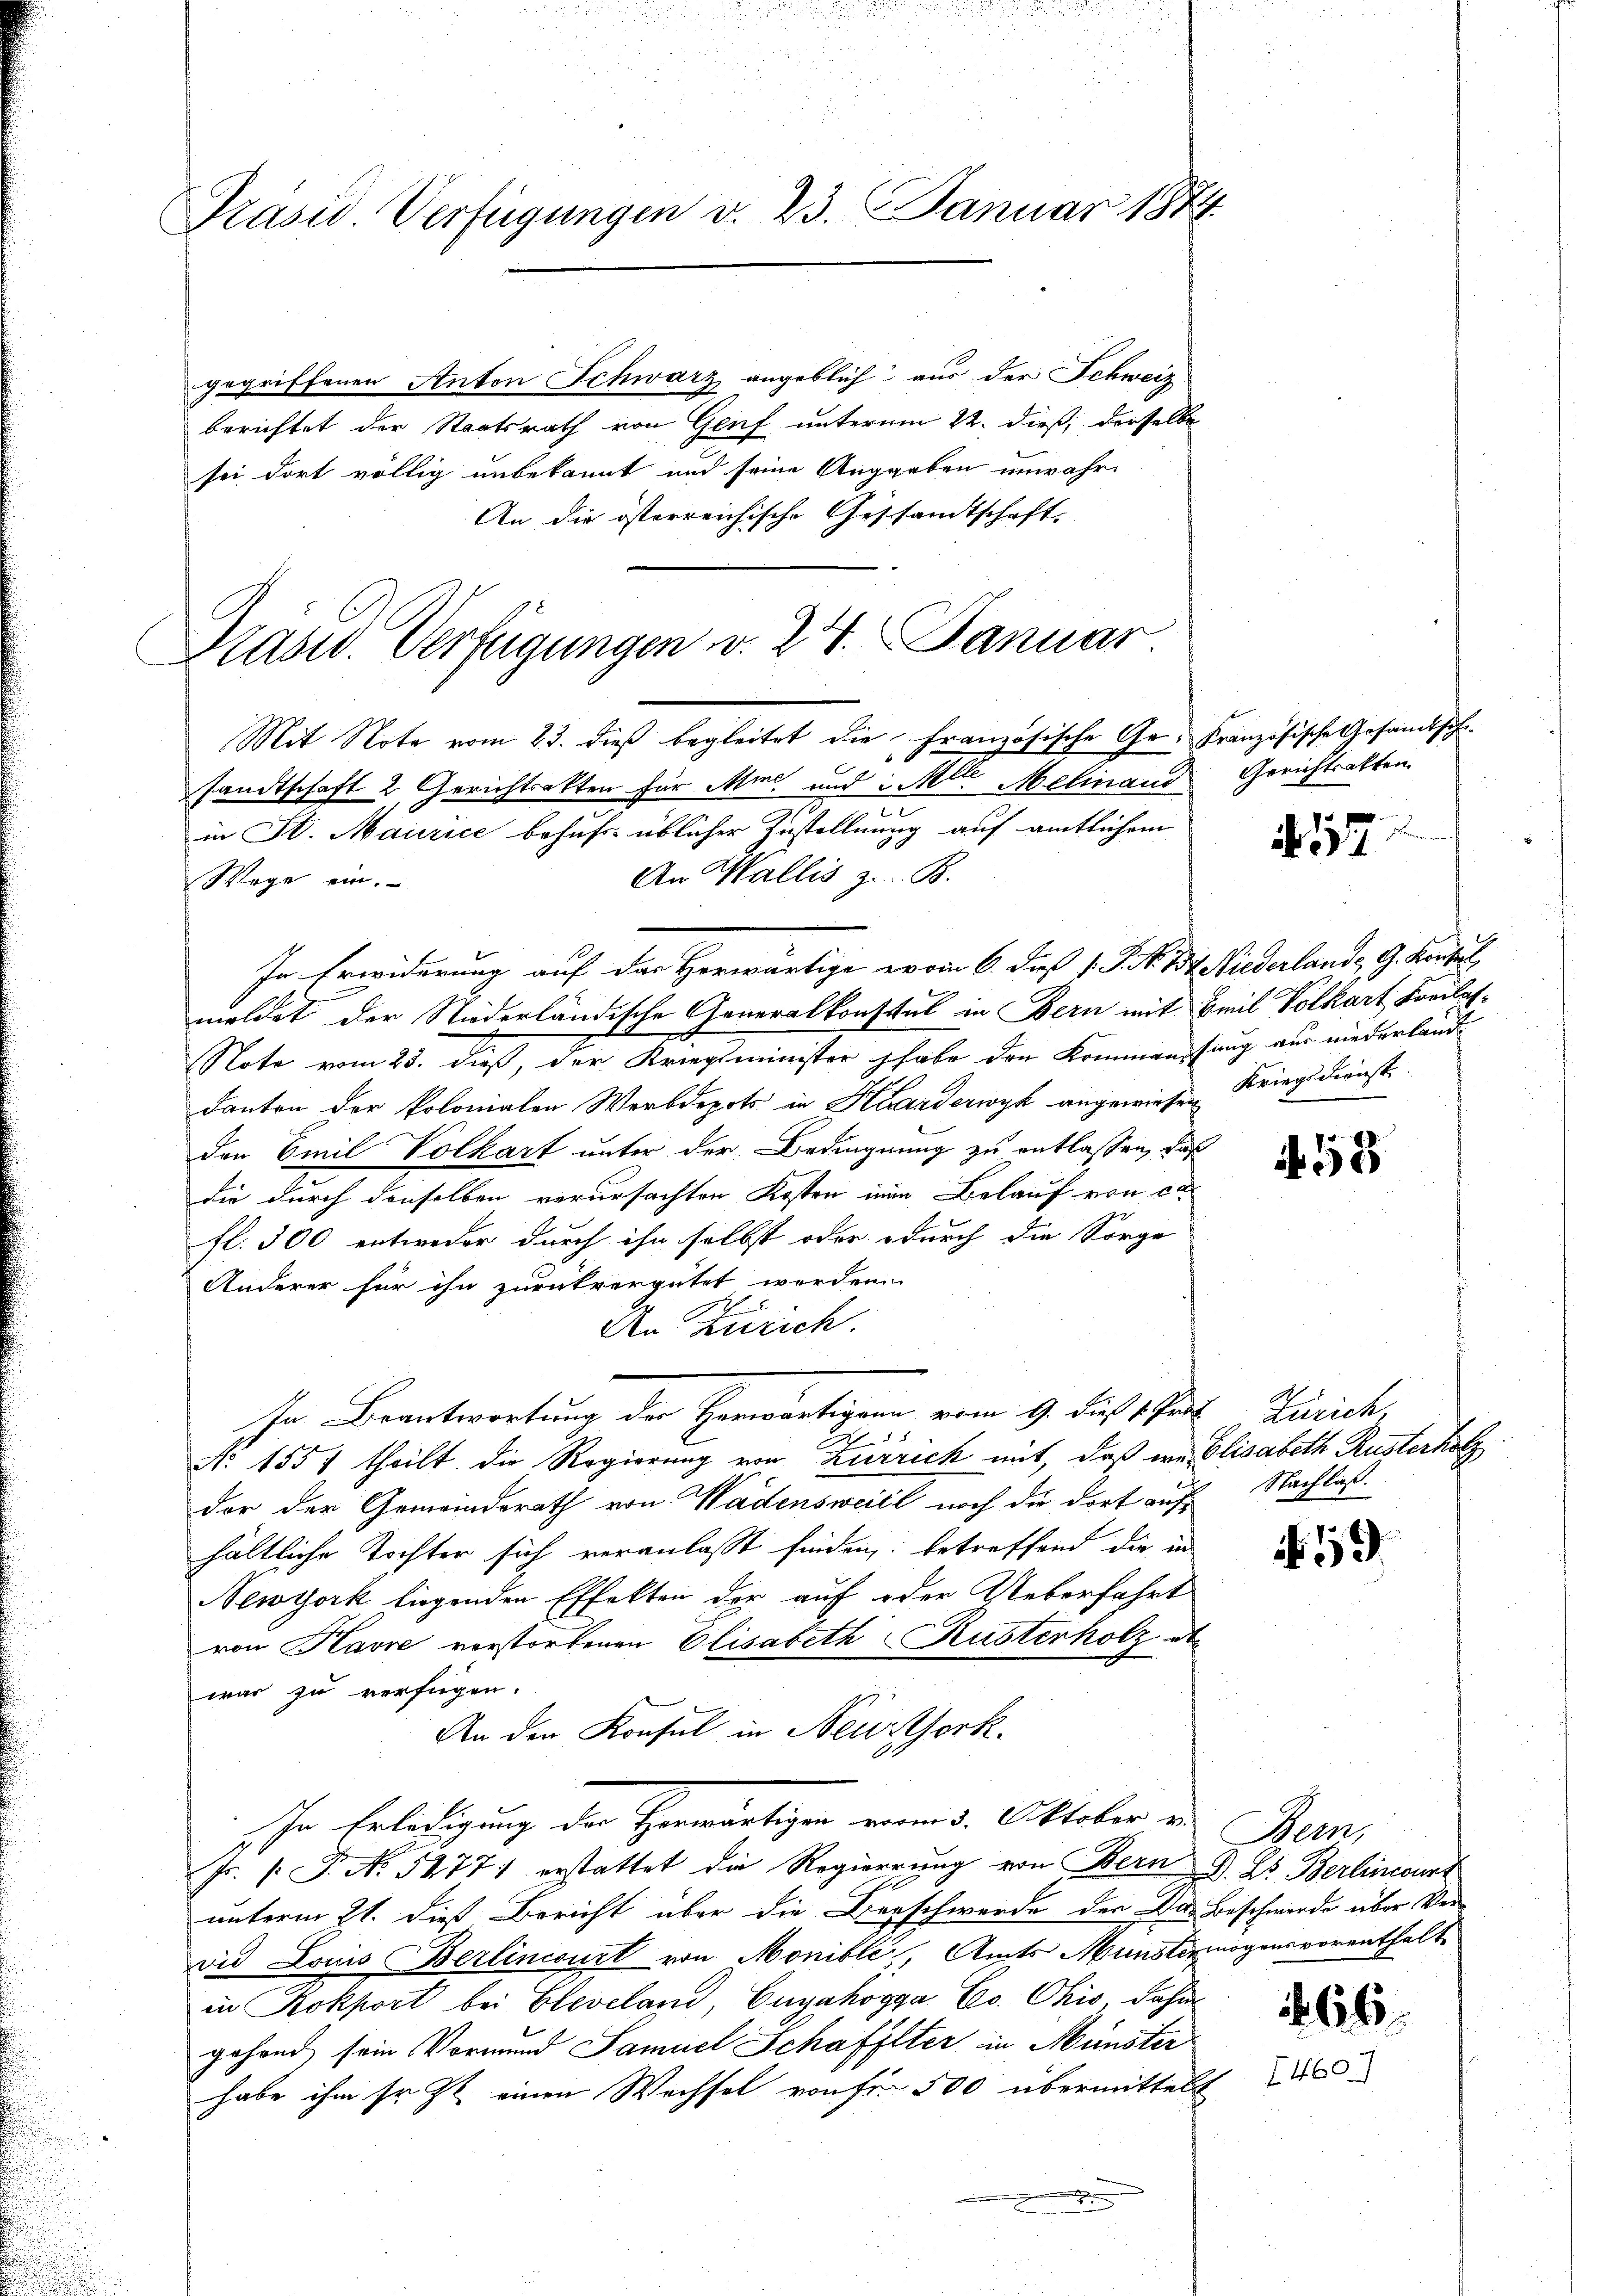
Präsid. Verfügungen v. 23. Januar 1874.

gegriffenen Anton Schwarz angeblich aus der Schweiz
berichtet der Staatsrath von Genf unterm 22. dieß, derselbe
sei dort völlig unbekannt und seine Auggaben unwahr
An die österreichische Geschandtschaft.

Mit Note vom 23. dieß begleitet die französische Ge- Französische Gesandtschesandtschaft 2 Gerichtsakten für Mine und i. Mlle. Melinand Gerichtsalten
Wege ein.
In Erwiderung auf der Horwärtige vom 6. dieß 1. P. Nr. 14. Niederland, G. Kartel,
meldet der Niederländische Generalkonsul in Bern mit Beil Volkart Freilas¬
0
Note vom 23. dieß, der Kriegsminister habe den Kommenfang aus niederlande
danten der Polonialen Werbdepots in Harderwyl angewiesen Kriegsdienst
den Emil Volkart unter der Bedingnung zu entlassen, daß
die durch denselben verursachten Kosten in Belauf von ca
fl. 500 entweder durch ihn selbst oder durch die Sorge
Anderer für ihn zurückvergütet werden
.
An Zürich.
hn Beantwortung der Herwärtigung vom 9. dieß 1 Jans Zürich,
25
No 1557 theilt. Die Regierung von Zurrich mit, daß we Elisabeth Rusterholz
dor der Gemeindsrath von Wadensweill noch die dort auf
hältliche Tochter sich veranlaßt finden, betreffend die in
Newyork liegenden Effekten der auf oder Ueberfahrt
von Havre verstorbenen Elisabeth Rusterholz et
war zu verfügen.
An den Konsul in Neuthork
IIn Erledigung der Herwärtigen vom 3. Oktober e
Fr. 1. J. No. 5477. erstattet die Regierung von Bern d. Js. Berlincourt
unterm 21. dieß Bericht über die Beschwerde der Das Beschwerde über Ver-
vid Louis Berlincourt von Monible, Amts Münstermögensvorenthalt
in Rokport bei Cleveland, Eugahogga Co. Ohio, dahin
gehend, sein Vormund Samuel Schaffter in Münster
habe ihm sr. Zt. einen Wechsel von Fr. 500 übermittelt

Präsid. Verfügungen v. 24. Januar

in St. Maurice behuf üblicher Zustellung auf amtlichem
An Wallis z. B.

J
Nr. 157

53

Nachlaß.

59

Bem

66
7460.